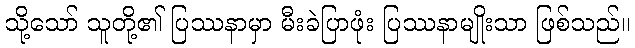
သို့သော် သူတို့၏ ပြဿနာမှာ မီးခဲပြာဖုံး ပြဿနာမျိုးသာ ဖြစ်သည်။